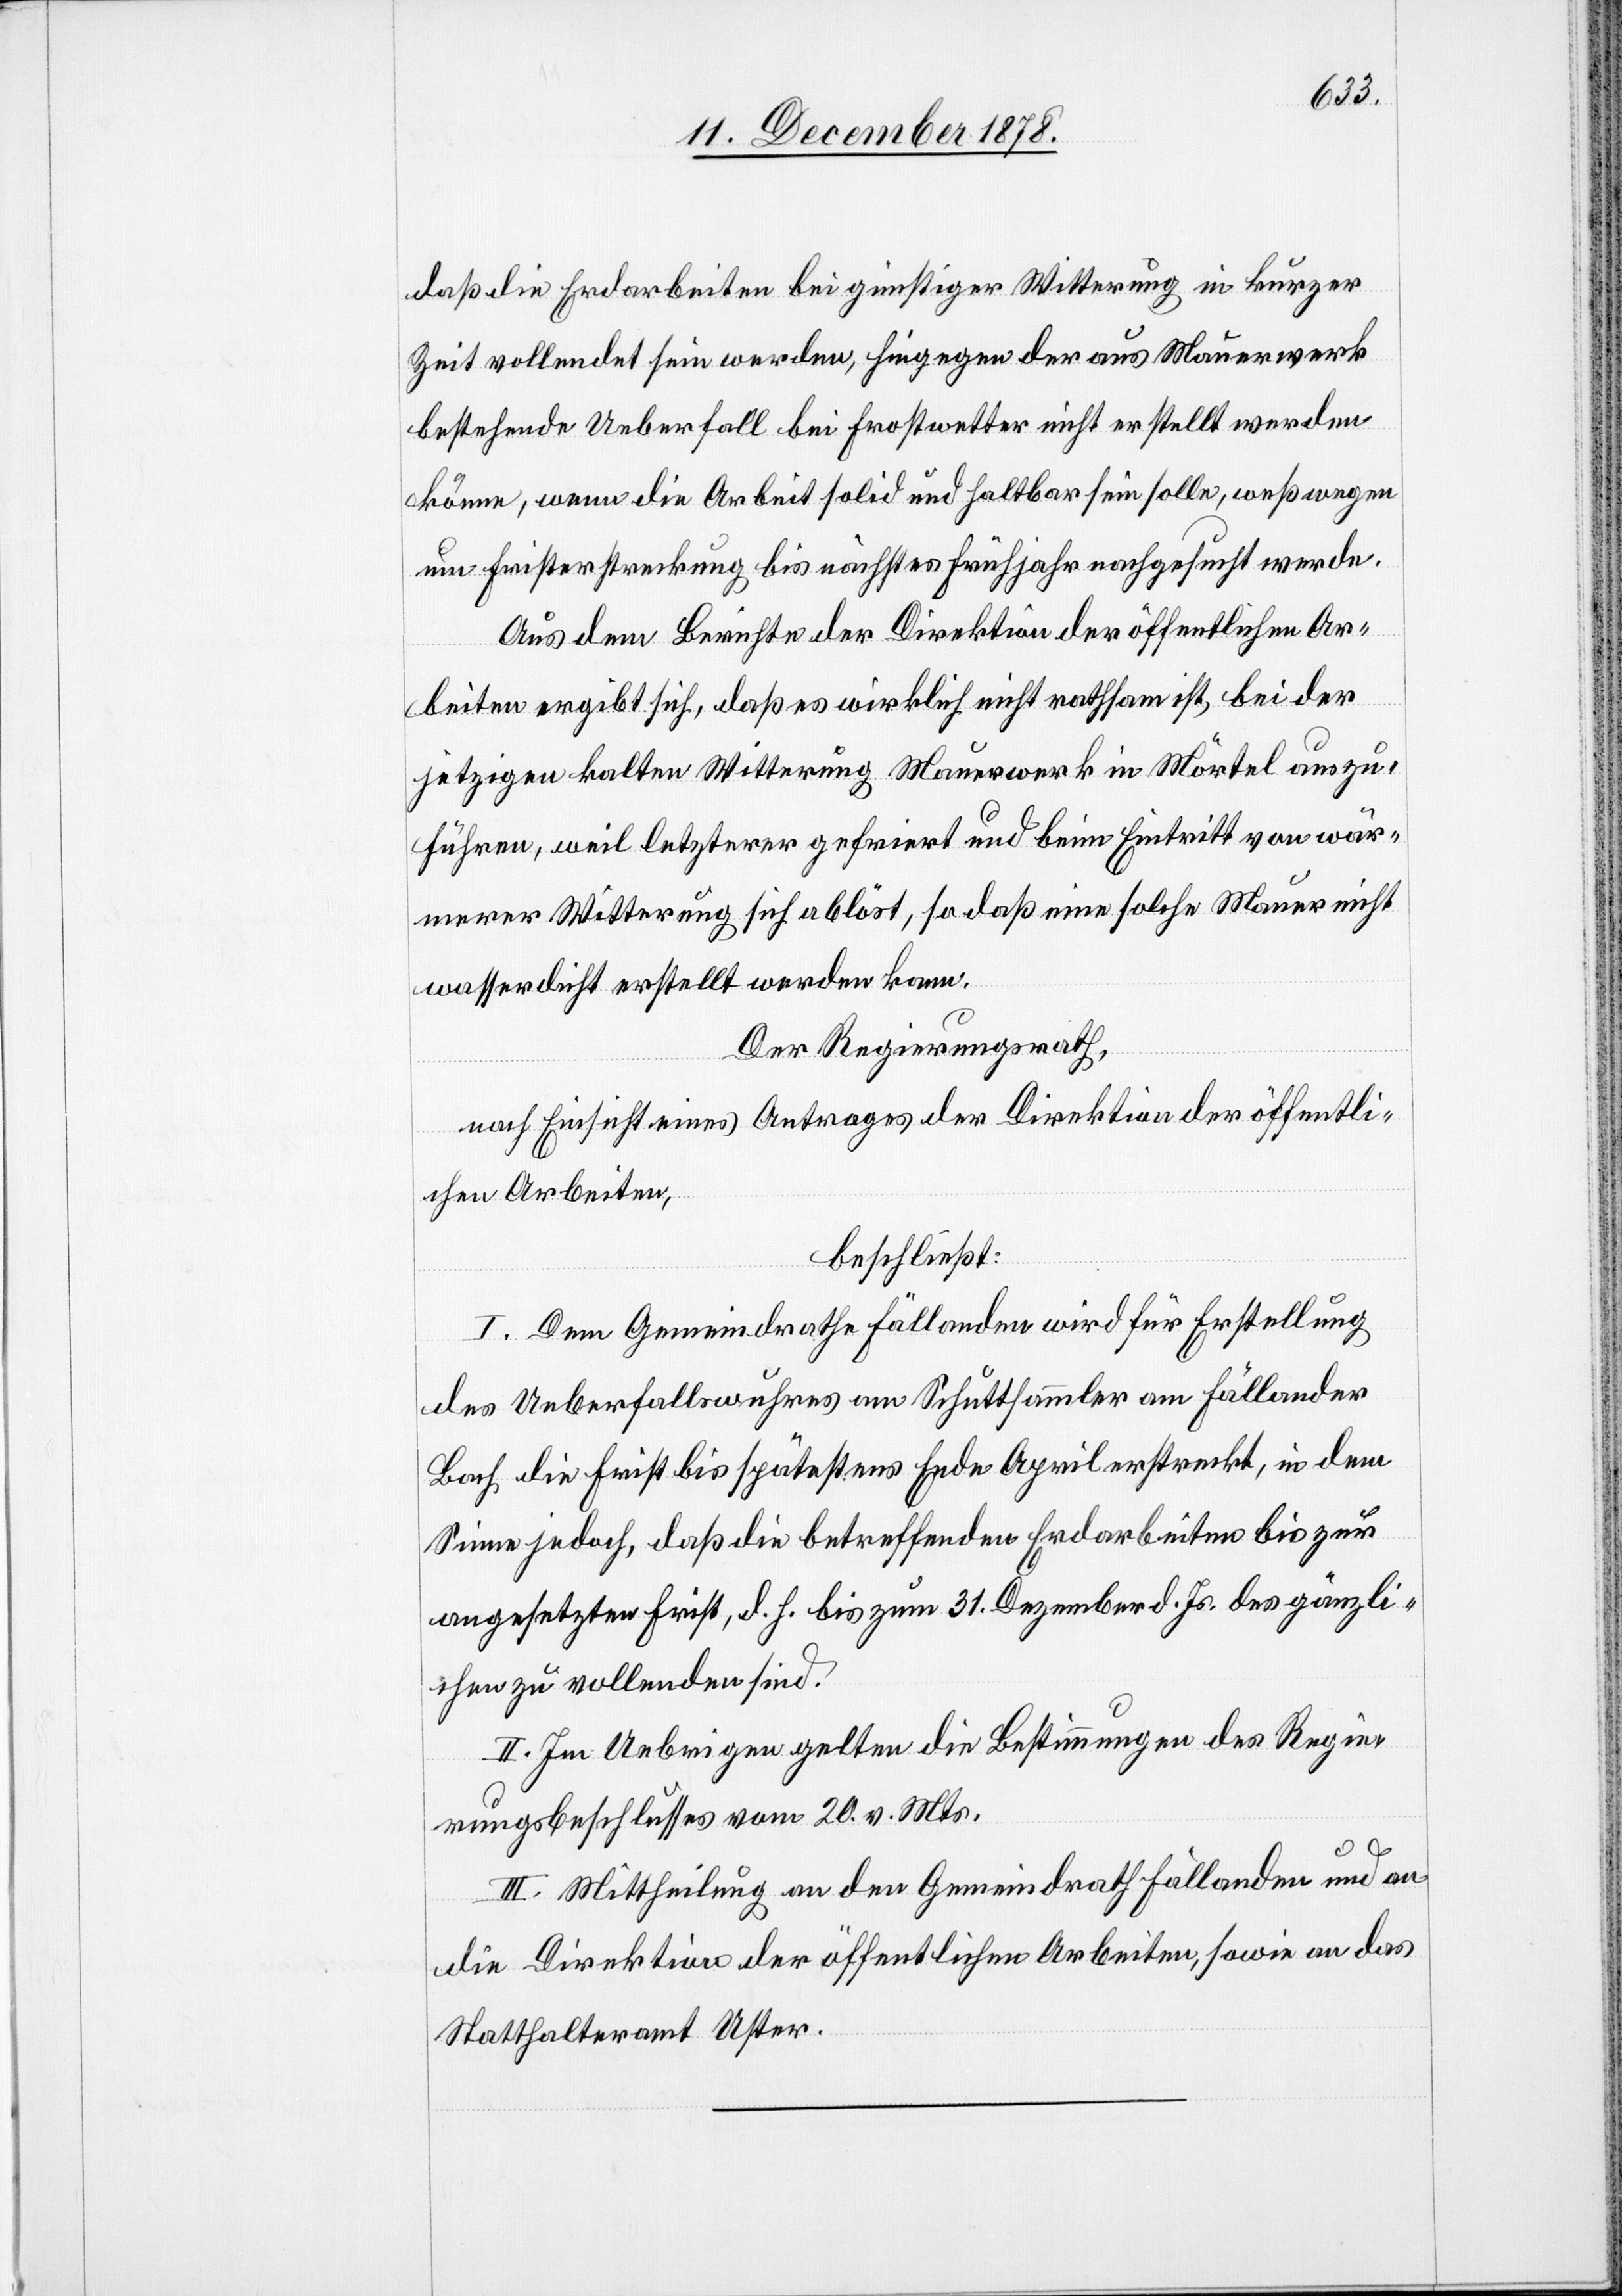
daß die Erdarbeiten bei günstiger Witterung in kurzer
Zeit vollendet sein werden, hiegegen der aus Mauerwerk
bestehende Ueberfall bei Frostwetter nicht erstellt werden
könne, wenn die Arbeit solid und haltbar sein solle, weßwegen
um Fristerstreckung bis nächstes Frühjahr nachgesucht werde.
Aus dem Berichte der Direktion der öffentlichen Ar¬
beiten ergibt sich, daß es wirklich nicht rathsam ist, bei der
jetzigen kalten Witterung Mauerwerk in Mörtel auszu¬
führen, weil letzterer gefriert und beim Eintritt von wär¬
merer Witterung sich ablöst, so daß eine solche Mauer nicht
wasserdicht erstellt werden kann.
Der Regierungsrath,
nach Einsicht eines Antrages der Direktion der öffentli¬
chen Arbeiten,
beschließt:
I. Dem Gemeindrathe Fällanden wird für Erstellung
des Ueberfallwuhres am Schuttsammler am Fällander
Bach die Frist bis spätestens Ende April erstreckt, in dem
Sinne jedoch, daß die betreffenden Erdarbeiten bis zur
angesetzten Frist, d. h. bis zum 31. Dezember d. Js. des gänzli¬
chen zu vollenden sind.
II. Im Uebrigen gelten die Bestimmungen des Regie¬
rungsbeschlusses vom 20. v. Mts.
III. Mittheilung an den Gemeindrath Fällanden und an
die Direktion der öffentlichen Arbeiten, sowie an das
Statthalteramt Uster.